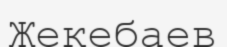
Жекебаев